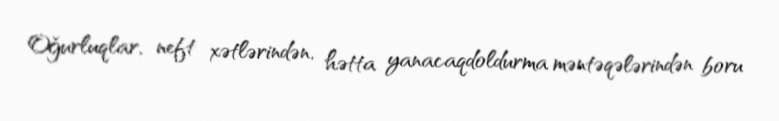
Oğurluqlar, neft xətlərindən, hətta yanacaqdoldurma məntəqələrindən boru